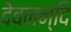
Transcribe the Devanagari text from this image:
देवनन्दि